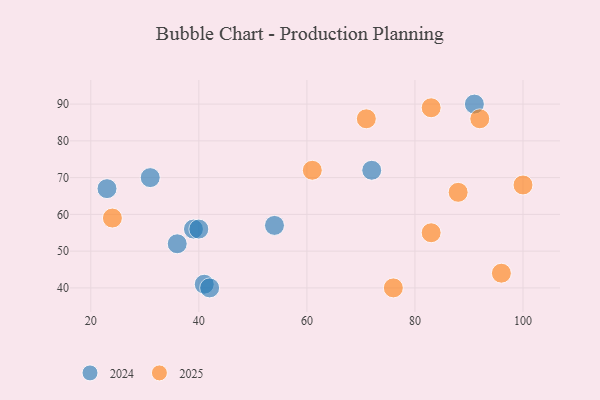
{"axis": {"x": "GDP", "y": "Life Expectancy"}, "legend": ["2024", "2025"], "data": [{"x": "31", "y": 70, "type": "2024"}, {"x": "36", "y": 52, "type": "2024"}, {"x": "39", "y": 56, "type": "2024"}, {"x": "23", "y": 67, "type": "2024"}, {"x": "40", "y": 56, "type": "2024"}, {"x": "41", "y": 41, "type": "2024"}, {"x": "42", "y": 40, "type": "2024"}, {"x": "54", "y": 57, "type": "2024"}, {"x": "91", "y": 90, "type": "2024"}, {"x": "72", "y": 72, "type": "2024"}, {"x": "100", "y": 68, "type": "2025"}, {"x": "61", "y": 72, "type": "2025"}, {"x": "96", "y": 44, "type": "2025"}, {"x": "76", "y": 40, "type": "2025"}, {"x": "88", "y": 66, "type": "2025"}, {"x": "92", "y": 86, "type": "2025"}, {"x": "24", "y": 59, "type": "2025"}, {"x": "83", "y": 55, "type": "2025"}, {"x": "71", "y": 86, "type": "2025"}, {"x": "83", "y": 89, "type": "2025"}]}